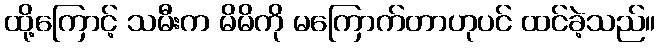
ထို့ကြောင့် သမီးက မိမိကို မကြောက်တာဟုပင် ထင်ခဲ့သည်။